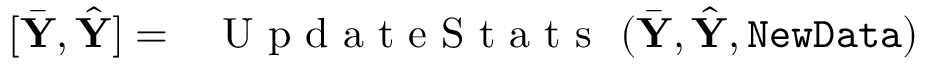
[ \bar { \mathbf Y } , \hat { \mathbf Y } ] = \mathrm { ~ \sc ~ { ~ U ~ p ~ d ~ a ~ t ~ e ~ S ~ t ~ a ~ t ~ s ~ } ~ } ( \bar { \mathbf Y } , \hat { \mathbf Y } , \mathtt { N e w D a t a } )